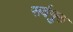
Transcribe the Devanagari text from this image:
सर्वगुरु